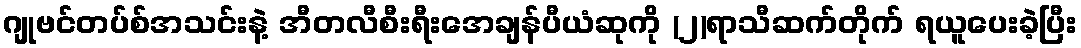
ဂျုဗင်တပ်စ်အသင်းနဲ့ အီတလီစီးရီးအေချန်ပီယံဆုကို (၂)ရာသီဆက်တိုက် ရယူပေးခဲ့ပြီး